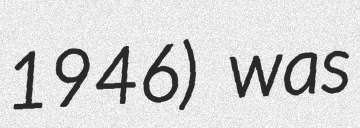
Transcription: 1946) was